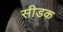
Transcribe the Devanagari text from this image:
सीडक